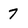
Character: 7